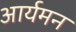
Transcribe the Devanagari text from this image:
आर्यमन